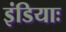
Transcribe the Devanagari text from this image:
इंडियाः